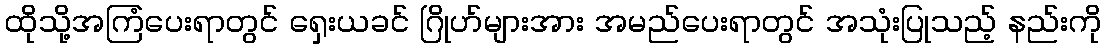
ထိုသို့အကြံပေးရာတွင် ရှေးယခင် ဂြိုဟ်များအား အမည်ပေးရာတွင် အသုံးပြုသည့် နည်းကို